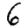
Digit: 6